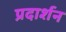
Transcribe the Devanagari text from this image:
प्रदार्शन